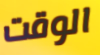
الوقت